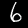
Digit: 6